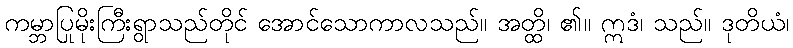
ကမ္ဘာပြုမိုးကြီးရွာသည်တိုင် အောင်သောကာလသည်။ အတ္ထိ၊ ၏။ ဣဒံ၊ သည်။ ဒုတိယံ၊